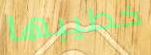
خطيبها